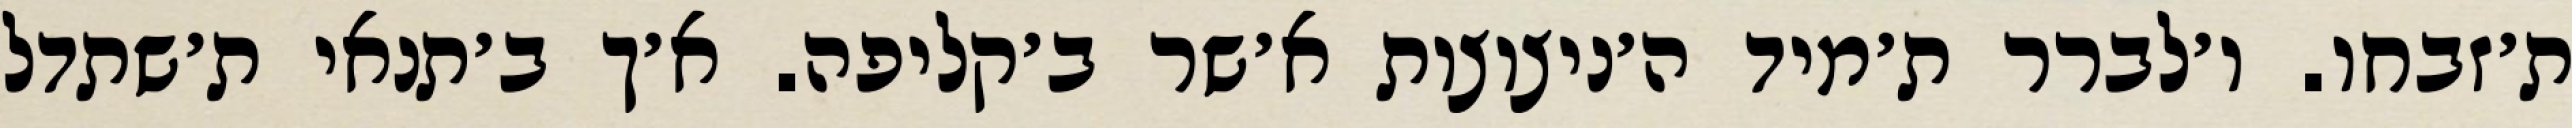
ת׳זבחו. ו׳לברר ת׳מיד ה׳ניצוצות א׳שר ב׳קליפה. א׳ך ב׳תנאי ת׳שתדל